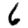
Digit: 6